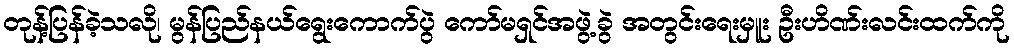
တုန့်ပြန်ခဲ့သလို၊ မွန်ပြည်နယ်ရွေးကောက်ပွဲ ကော်မရှင်အဖွဲ့ခွဲ အတွင်းရေးမှူး ဦးဟိဏ်းလင်းထက်ကို